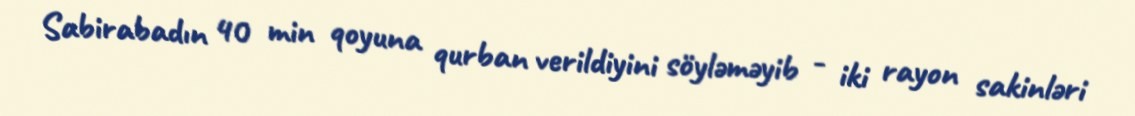
Sabirabadın 40 min qoyuna qurban verildiyini söyləməyib - iki rayon sakinləri